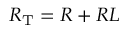
R _ { \mathrm { T } } = R + R L